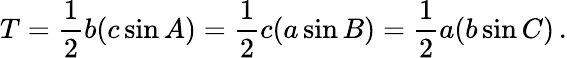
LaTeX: T={\frac{1}{2}}b(c\sin A)={\frac{1}{2}}c(a\sin B)={\frac{1}{2}}a(b\sin C)\, .